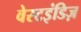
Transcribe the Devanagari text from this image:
वेस्टइंडिज़